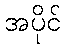
အပိုင်